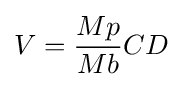
V={\frac {Mp}{Mb}}CD